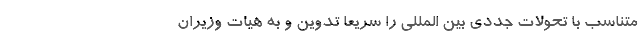
متناسب با تحولات جددی بین المللی را سریعاً تدوین و به هیات وزیران